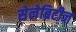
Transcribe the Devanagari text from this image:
सेलेब्रिटीज